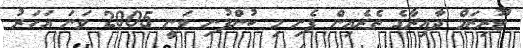
ޓޫރިޒަމް ދާއިރާގެ ތެރެއިން ފެށި މި ކުންފުނި ވަނީ 2005 ވަނަ އަހަރު